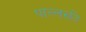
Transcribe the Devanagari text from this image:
पाल्लरुति